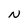
Character: N